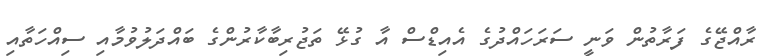
ރާއްޖޭގެ ފަރާތުން ވަނީ ސަރަހައްދުގެ އެއިޑްސް އާ ގުޅޭ ތަޖުރިބާކާރުންގެ ބައްދަލުވުމާއި ސިއްހަތާއި